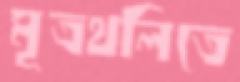
মূত্রথলিতে